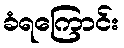
ခံရကြောင်း